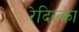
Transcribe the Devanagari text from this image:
रेदिल्का